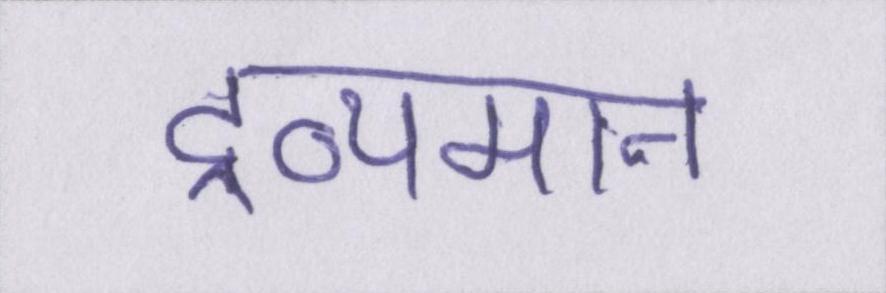
द्रव्यमान